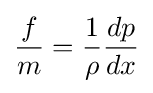
{\frac {f}{m}}={\frac {1}{\rho }}{\frac {dp}{dx}}